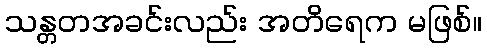
သန္တတအခင်းလည်း အတိရေက မဖြစ်။